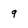
Character: 9